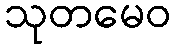
သုတမေဝ